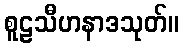
စူဠသီဟနာဒသုတ်။